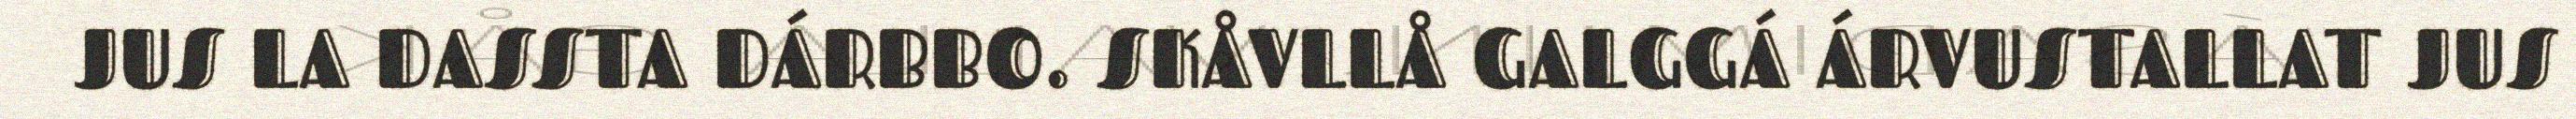
JUS LA DASSTA DÁRBBO. SKÅVLLÅ GALGGÁ ÁRVUSTALLAT JUS